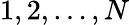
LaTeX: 1,2,\ldots,N